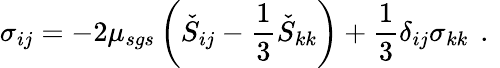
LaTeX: \sigma_{ij}=-2\mu_{sgs}\left(\check{S}_{ij}-\frac{1}{3}\check{S}_{kk}\right)+\frac{1}{3}\delta_{ij}\sigma_{kk}\, \mathrm{~.~}